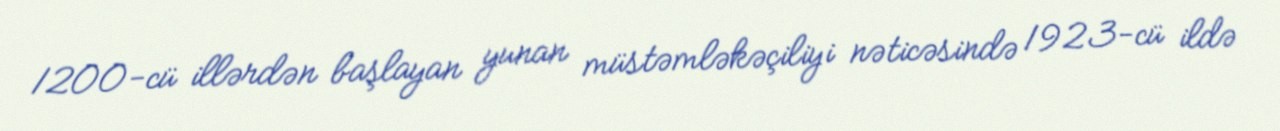
1200-cü illərdən başlayan yunan müstəmləkəçiliyi nəticəsində 1923-cü ildə